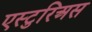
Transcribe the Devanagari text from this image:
एस्टुरिअस